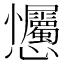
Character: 𢦇